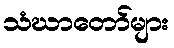
သံဃာတော်များ